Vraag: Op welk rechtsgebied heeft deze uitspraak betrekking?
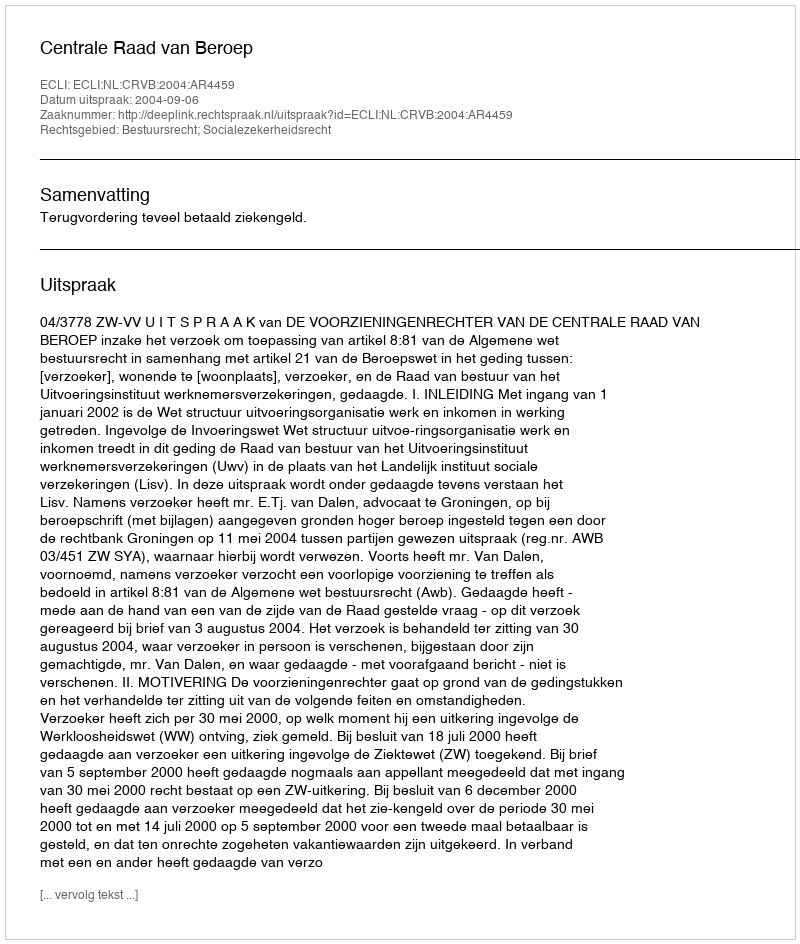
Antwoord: Bestuursrecht; Socialezekerheidsrecht